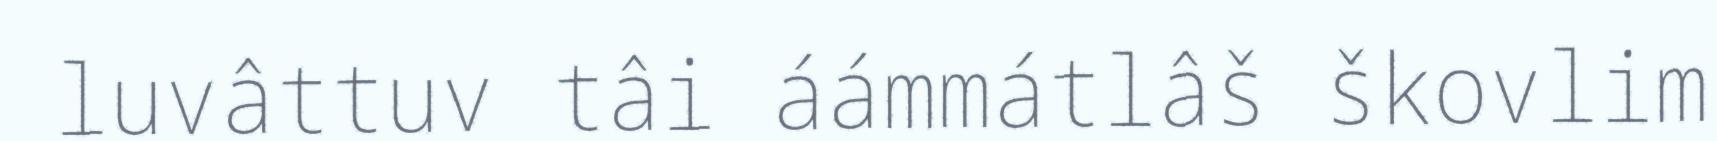
luvâttuv tâi áámmátlâš škovlim